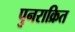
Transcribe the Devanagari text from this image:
पुनराक्रित